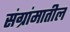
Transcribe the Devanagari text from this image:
संग्रांमातील